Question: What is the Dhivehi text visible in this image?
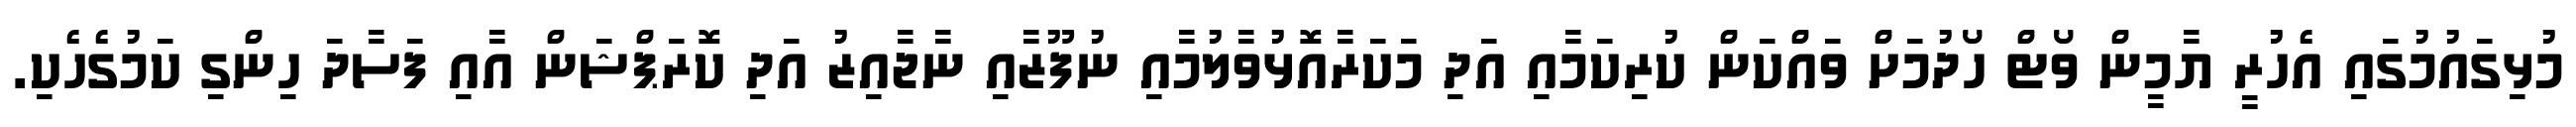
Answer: މުޅިގައުމުގައި އެހުރީ ޔާމީން ވޯޓް ހޯދުމަށް ވައްކަން ކުރިކަމާއި އަދި މަކަރާއޮޅުވާލުމާއި ނުފޫޒާއި ނާޖާއިޒު އަދި ކޮރަޕްޝަން އާއި ފަސާދަ ހިންގި ކަމުގެހެކި.